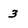
Character: 3